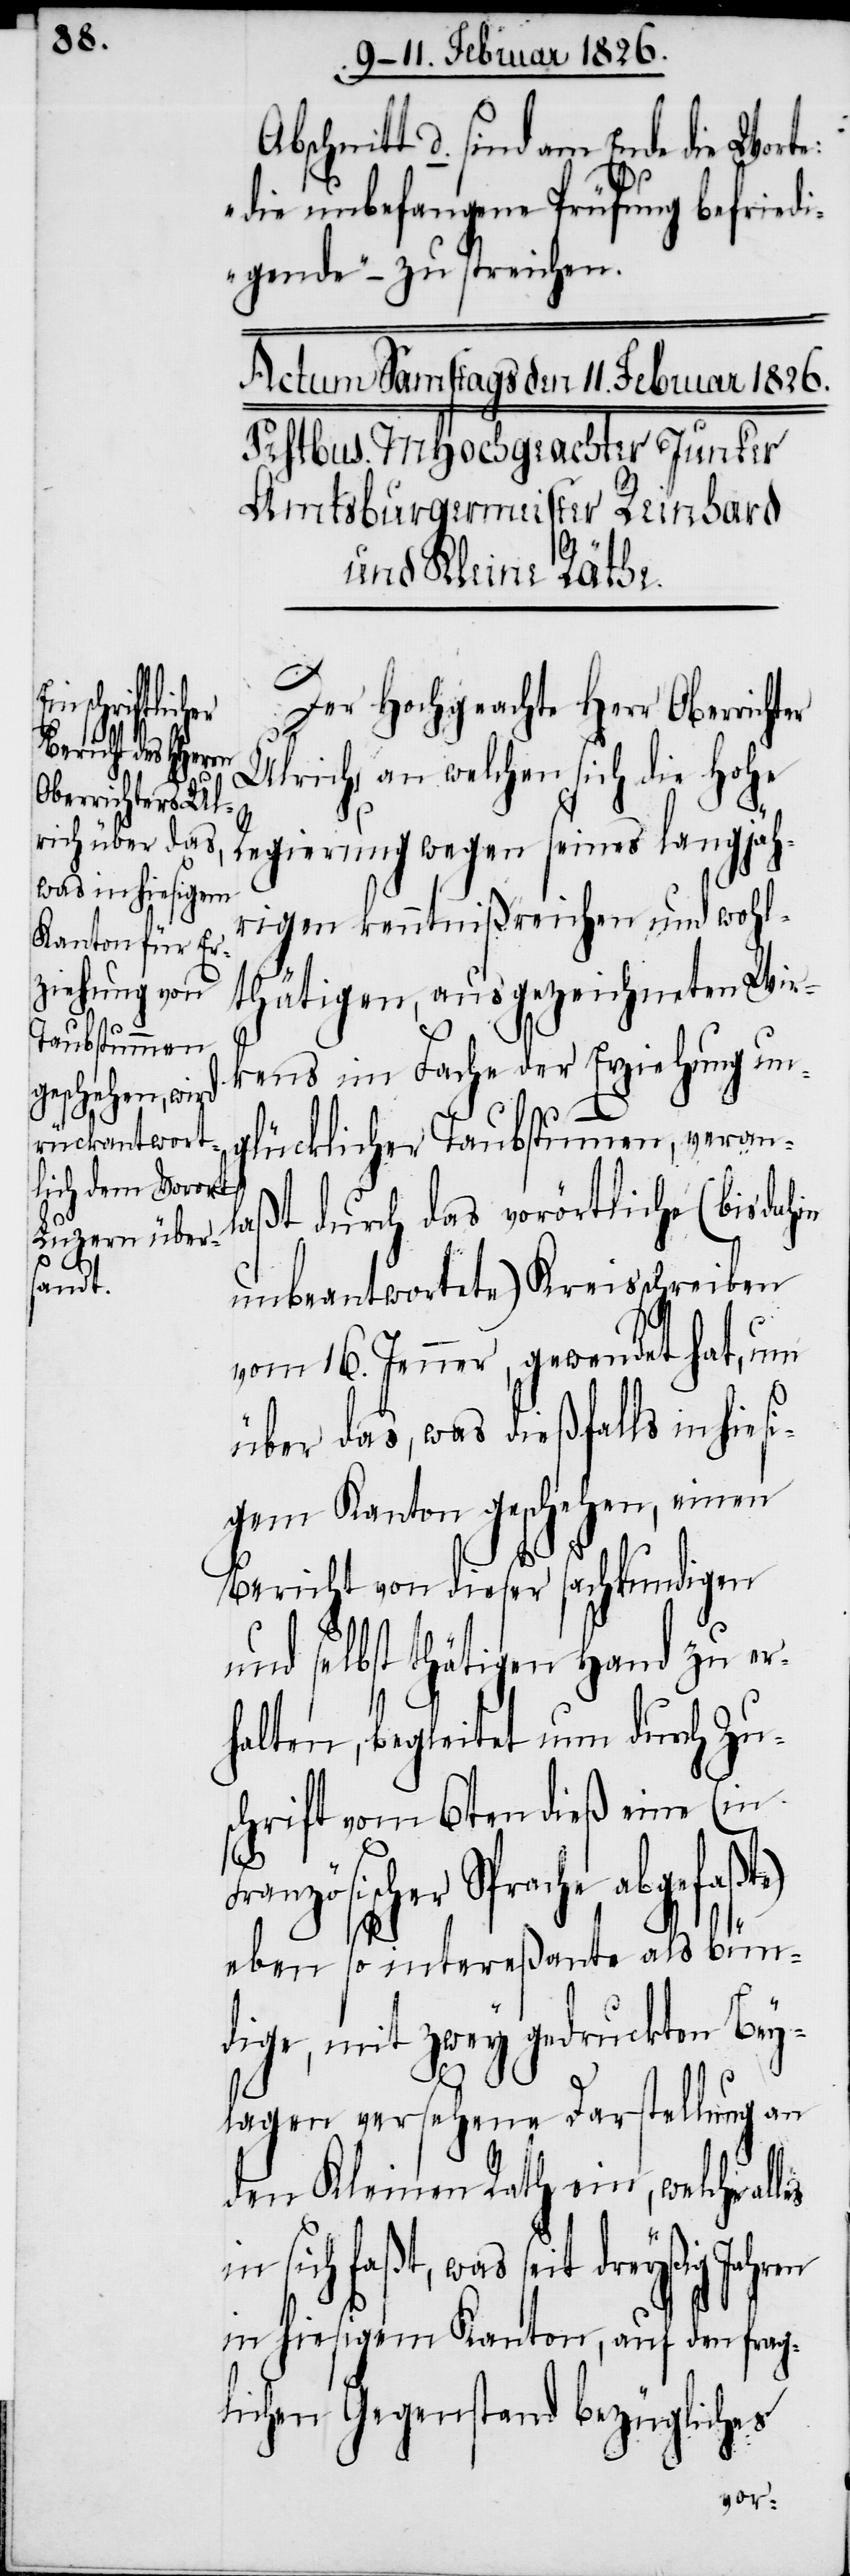
bschnitt d. sind am Ende die Wort¬
„die unbefangene Prüfung befriedi¬
gende“ – zu streichen.
Der Hochgeachte Herr Oberrichter
Ulrich, an welchen sich die hohe
Regierung wegen seines langjähr¬
igen kenntnißreichen und wohl¬
thätigen, ausgezeichneten Wir¬
kens im Fache der Erziehung un¬
glücklicher Taubstummen, veran¬
laßt durch das vorörtliche (bis dahin
unbeantwortete) Kreisschreiben
vom 16. Jenner, gewendet hat, um
über das, was dießfalls in hies¬
igem Kanton geschehen, einen
Bericht von dieser sachkundigen
und selbst thätigen Hand zu er¬
halten, begleitet um durch Zus¬
chrift vom 6ten dieß eine (in
te)
nzösischer Sprache abgefaß¬
eben so intereßante als bün¬
dige, mit zwey gedruckten Bey¬
lagen versehene Darstellung an
den Kleinen Rath ein, welche
sich faßt, was seit dreyßig Jahren
in hiesigem Kanton, auf den frag¬
lichen Gegenstand bezügliches